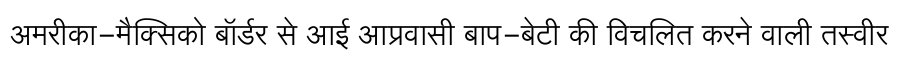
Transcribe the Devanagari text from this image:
अमरीका-मैक्सिको बॉर्डर से आई आप्रवासी बाप-बेटी की विचलित करने वाली तस्वीर